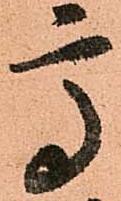
高